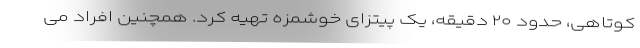
کوتاهی، حدود ۲۰ دقیقه، یک پیتزای خوشمزه تهیه کرد. همچنین افراد می